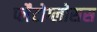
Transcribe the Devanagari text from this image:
प्लैटोग्लोसस